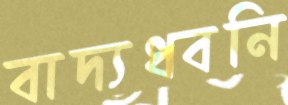
বাদ্যধ্বনি